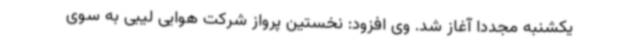
یکشنبه مجددا آغاز شد. وی افزود: نخستین پرواز شرکت هوایی لیبی به سوی